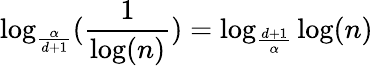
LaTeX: \log_{\frac{\alpha}{d+1}}(\frac{1}{\log(n)})=\log_{\frac{d+1}{\alpha}}\log(n)